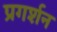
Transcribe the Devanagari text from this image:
प्रगर्शन